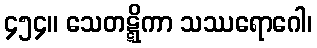
၄၅၄။ သေတဋ္ဋိကာ သဿရောဂေါ၊